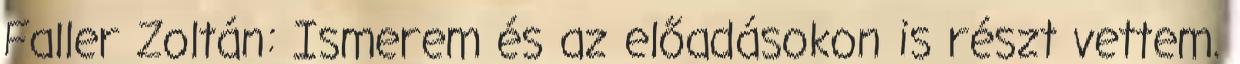
Faller Zoltán: Ismerem és az előadásokon is részt vettem.